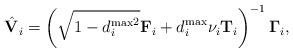
LaTeX: \begin{align*} \hat{\mathbf{V}}_i = \left( \sqrt{1- {d^{\max}_i}^2}\mathbf{F}_i +d^{\max}_i\nu_i\mathbf{T}_i \right)^{-1} \boldsymbol{\Gamma}_i,\end{align*}